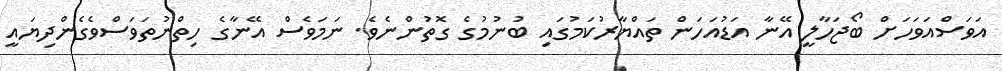
އަވަސްއަވަހަށް ބޯޖަހާލީ އޭނާ އަޑުއަހަން ތައްޔާރުކަމުގައި ބުނުމުގެ ގޮތުންނެވެ. ނަމަވެސް އޭނާގެ ހިތްނުތަވަސްވެގެންދިޔައީ